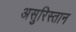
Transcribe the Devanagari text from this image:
असुरिस्तान